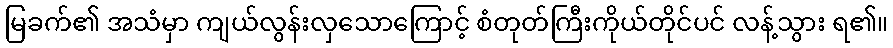
မြခက်၏ အသံမှာ ကျယ်လွန်းလှသောကြောင့် စံတုတ်ကြီးကိုယ်တိုင်ပင် လန့်သွား ရ၏။